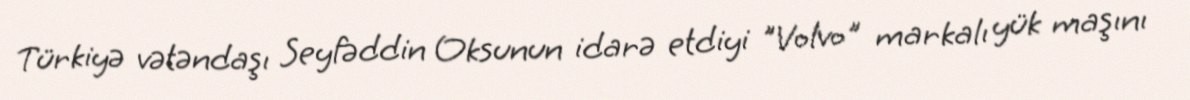
Türkiyə vətəndaşı Seyfəddin Oksunun idarə etdiyi "Volvo" markalı yük maşını